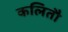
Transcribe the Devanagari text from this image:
कलितौ